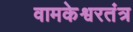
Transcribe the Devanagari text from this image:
वामकेश्वरतंत्र